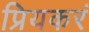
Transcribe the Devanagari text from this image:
प्रियकरं